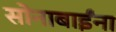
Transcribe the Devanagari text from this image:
सोनाबाईंना